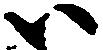
ハ